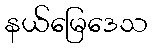
နယ်မြေဒေသ